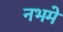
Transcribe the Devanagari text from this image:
नभमे